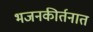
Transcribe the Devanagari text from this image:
भजनकीर्तनात